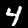
Digit: 4